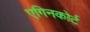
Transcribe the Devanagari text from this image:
एगिनकोर्ट